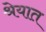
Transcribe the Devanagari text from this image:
श्रेयात